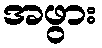
အဖွား